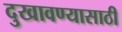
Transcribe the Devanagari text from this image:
दुखावण्यासाठी